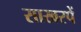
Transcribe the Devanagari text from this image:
साखरपें